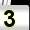
Digit: 3